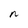
Character: n